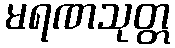
မရဏသုတ္တ